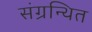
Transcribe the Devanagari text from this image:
संग्रन्थित